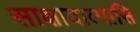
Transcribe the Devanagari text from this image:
साक्षादात्मासि